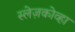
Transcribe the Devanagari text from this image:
स्लेज़कोव्हा